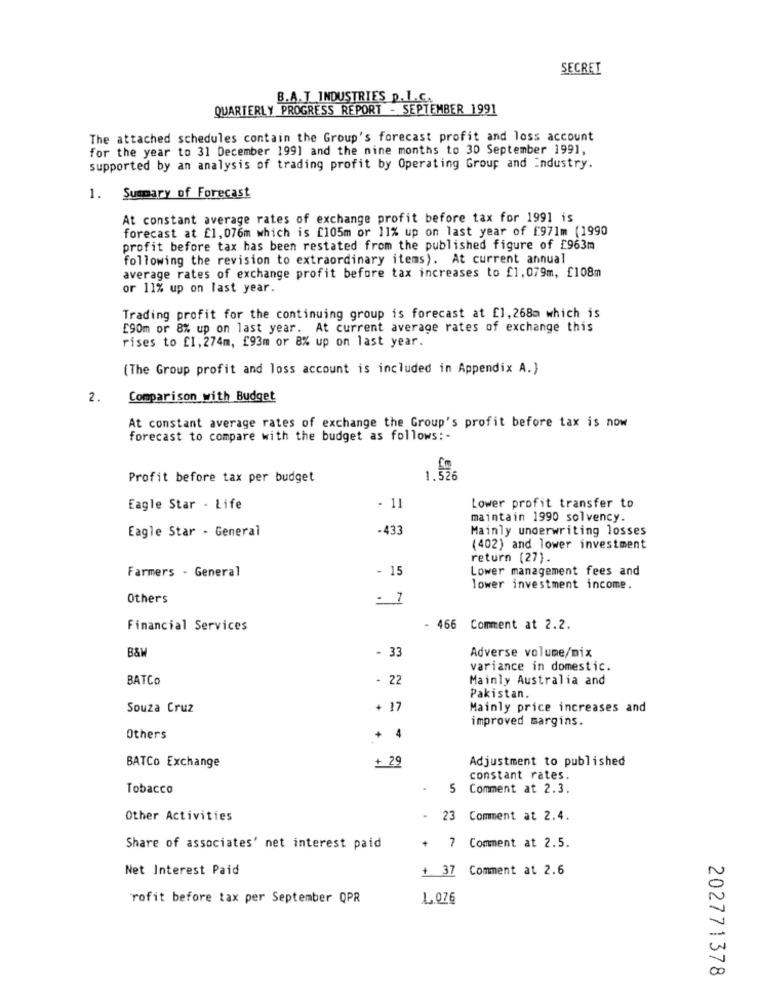
SECRET
B.A.T INDUSTRIES p.I.C.
QUARTERLY PROGRESS REPORT - SEPTEMBER 1991
The attached schedules contain the Group's forecast profit and loss account
for the year to 31 December 1991 and the nine months to 30 September 1991,
supported by an analysis of trading profit by Operating Group and Industry.
1. Summary of Forecast
At constant average rates of exchange profit before tax for 1991 is
forecast at £1, 076m which is [105m or 11% up on last year of [971m (1990
profit before tax has been restated from the published figure of £963m
following the revision to extraordinary items). At current annual
average rates of exchange profit before tax increases to £1,079m, £108m
or 11% up on last year.
Trading profit for the continuing group is forecast at [1, 268m which is
£90m or 8% up on last year. At current average rates of exchange this
rises to £1, 274m, £93m or 8% up on last year.
(The Group profit and loss account is included in Appendix A.)
2.
Comparison with Budget
At constant average rates of exchange the Group's profit before tax is now
forecast to compare with the budget as follows :-
Profit before tax per budget
1.526
Eagle Star - Life
- 11
Lower profit transfer to
maintain 1990 solvency.
Eagle Star - General
-433
Mainly underwriting losses
(402) and lower investment
return (27).
Farmers - General
- 15
Lower management fees and
lower investment income.
Others
. 7
Financial Services
- 466 Comment at 2.2.
- 33
Adverse volume/mix
B&W
variance in domestic.
BATCO
- 22
Mainly Australia and
Pakistan.
Souza Cruz
+ 17
Mainly price increases and
improved margins.
Others
+ 4
+ 29
Adjustment to published
BATCo Exchange
constant rates
Tobacco
.
5 Comment at 2.3.
Other Activities
- 23 Comment at 2.4.
+ 7 Comment at 2.5.
Share of associates' net interest paid
Net Interest Paid
+ 37 Comment at 2.6
rofit before tax per September QPR
1.076
202771378